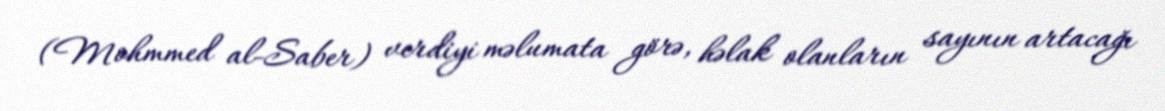
(Mohmmed al-Saber) verdiyi məlumata görə, həlak olanların sayının artacağı